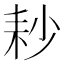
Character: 耖